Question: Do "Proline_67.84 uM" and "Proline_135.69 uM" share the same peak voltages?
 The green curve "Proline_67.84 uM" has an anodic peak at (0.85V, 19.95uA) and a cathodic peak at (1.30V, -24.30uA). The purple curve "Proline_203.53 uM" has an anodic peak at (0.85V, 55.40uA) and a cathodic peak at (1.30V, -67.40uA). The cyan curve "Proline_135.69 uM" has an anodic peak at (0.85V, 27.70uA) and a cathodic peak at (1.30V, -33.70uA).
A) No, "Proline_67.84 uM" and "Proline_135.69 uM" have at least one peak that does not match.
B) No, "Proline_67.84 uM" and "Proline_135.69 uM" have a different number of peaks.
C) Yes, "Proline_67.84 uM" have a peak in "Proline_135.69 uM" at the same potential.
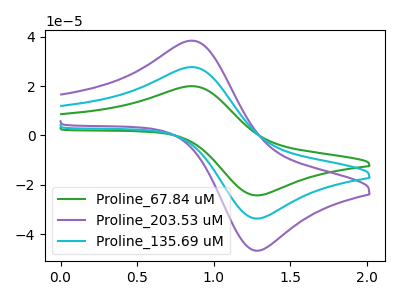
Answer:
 <answer>C) Yes, "Proline_67.84 uM" have a peak in "Proline_135.69 uM" at the same potential.</answer>
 <eval>C</eval>